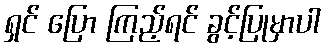
ရှင် ပြော ကြည့်ရင် ခွင့်ပြုမှာပါ